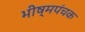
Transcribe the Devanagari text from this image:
भीष्मपंचक